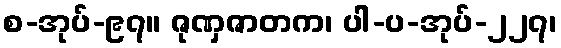
စ-အုပ်-၉၇။ ဇုဏှဇာတက၊ ပါ-ပ-အုပ်-၂၂၇၊